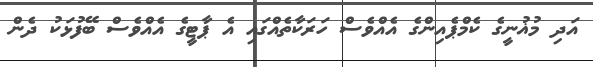
އަދި މުޣުނީގެ ކެމްޕެއިންގެ އެއްވެސް ހަރަކާތެއްގައި އެ ޕާޓީގެ އެއްވެސް ބޭފުޅަކު ދެން